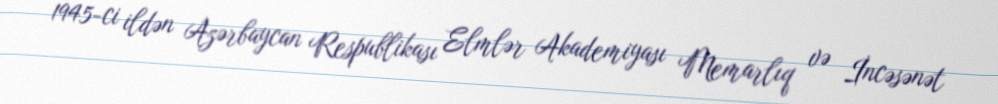
1945-ci ildən Azərbaycan Respublikası Elmlər Akademiyası Memarlıq və İncəsənət